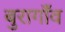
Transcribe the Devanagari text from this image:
बुरागाँव